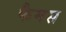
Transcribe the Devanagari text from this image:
फैमस